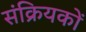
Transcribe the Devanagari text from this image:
संक्रियकों